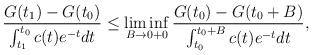
LaTeX: \begin{align*}\frac{G(t_1)-G(t_0)}{\int^{t_0}_{t_1} c(t)e^{-t}dt}\leq\liminf\limits_{B \to0+0}\frac{G(t_0)-G(t_0+B)}{\int_{t_0}^{t_0+B}c(t)e^{-t}dt},\end{align*}